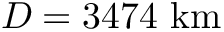
D = 3 4 7 4 { \mathrm { ~ k m } }